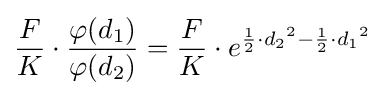
{\frac {F}{K}}\cdot {\frac {\varphi (d_{1})}{\varphi (d_{2})}}={\frac {F}{K}}\cdot e^{{\frac {1}{2}}\cdot {d_{2}}^{2}-{\frac {1}{2}}\cdot {d_{1}}^{2}}